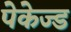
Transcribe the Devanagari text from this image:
पेकेज्ड